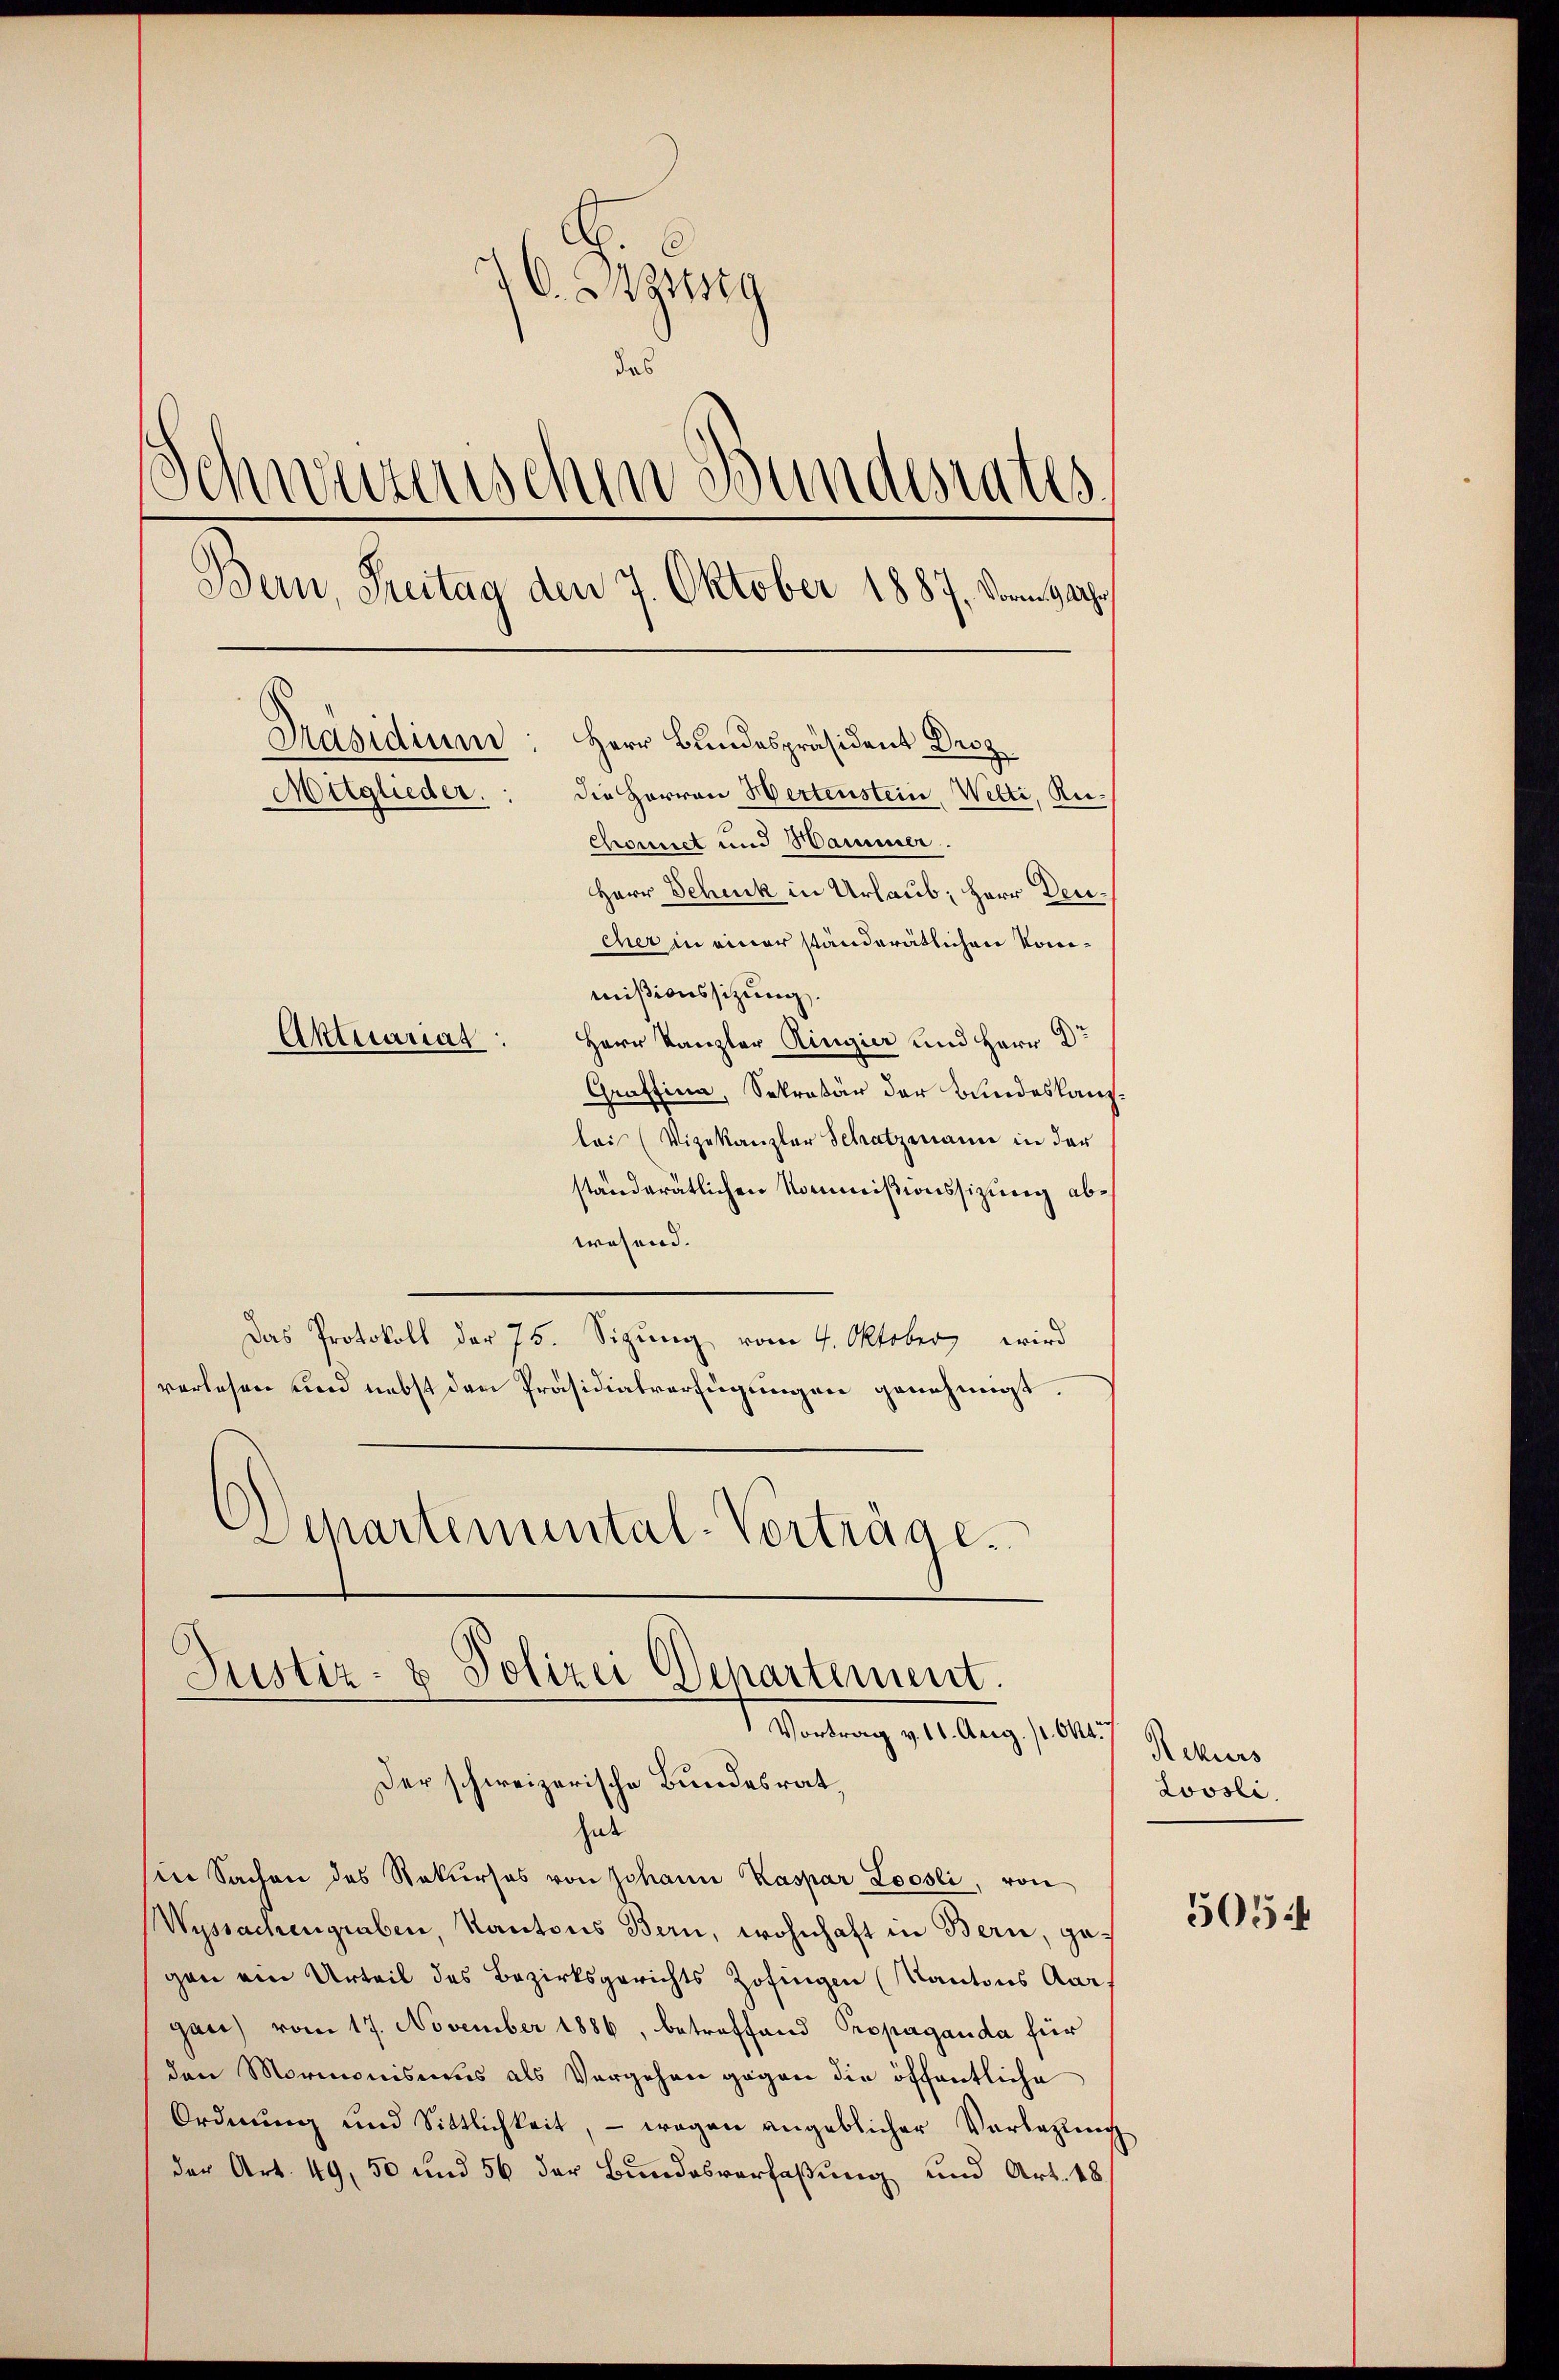
lei (Vizekanzler Schatzmann in der
ständerätlichen Kommißionssizung abwohend.
Das Protokoll der 75. Sizung vom 4. Oktober wird
verlesen und nebst den Präsidialverfügungen genehmigt.
Separtemental-Vorträge.

. zeig
des
Schweizerischen Bundesrates.
.
Bern, Freitag den 7. Oktober 1887, Vornachr
Präsidium: Herr Bundespräsident Decz
Mitglieder.: die Herren Hertenstein, Welti, Ru¬
Chrovcict und Hammer.
Herr Schuck in Urlaub, Herr Decicher in einer ständerätlichen Konimißionssitzung
Aktuariat: Herr Kanzler Ringier und Herr Dr
Graffina, Sekretär der Bundeskanz¬

Justiz- & Polizei Departement.
Vortrag v. 11. Aug. 11. Okt.
Der schweizerische Bundesrat,

hut
in Sachen des Rekurses von Johann Kaspar Loosli, von
Wyssachengraben, Kantons Bern, wohnhaft in Bern, gegen ein Urteil des Bezirksgerichts Zofingen (Kantons Aar
gan) vom 17. November 1886, betreffend Propaganda für
den Mormonismus als Vergehen gegen die öffentliche
Ordnŭng und Sittlichkeit, - wegen angeblicher Vorlegung
der Art. 49, 50 und 56 der Bundesverfaßung und Art. 18

Rekurs
Lovsli.

505